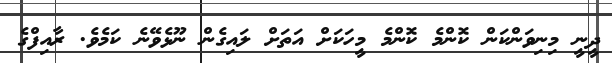
ދީނީ މިނިވަންކަން ކޮންމެ ކޮންމެ މީހަކަށް އަތަށް ލައިގެން ނޫޅެވޭނެ ކަމެވެ. ރާއިފްގެ